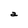
Character: a